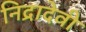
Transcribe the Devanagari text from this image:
निद्रादेवी